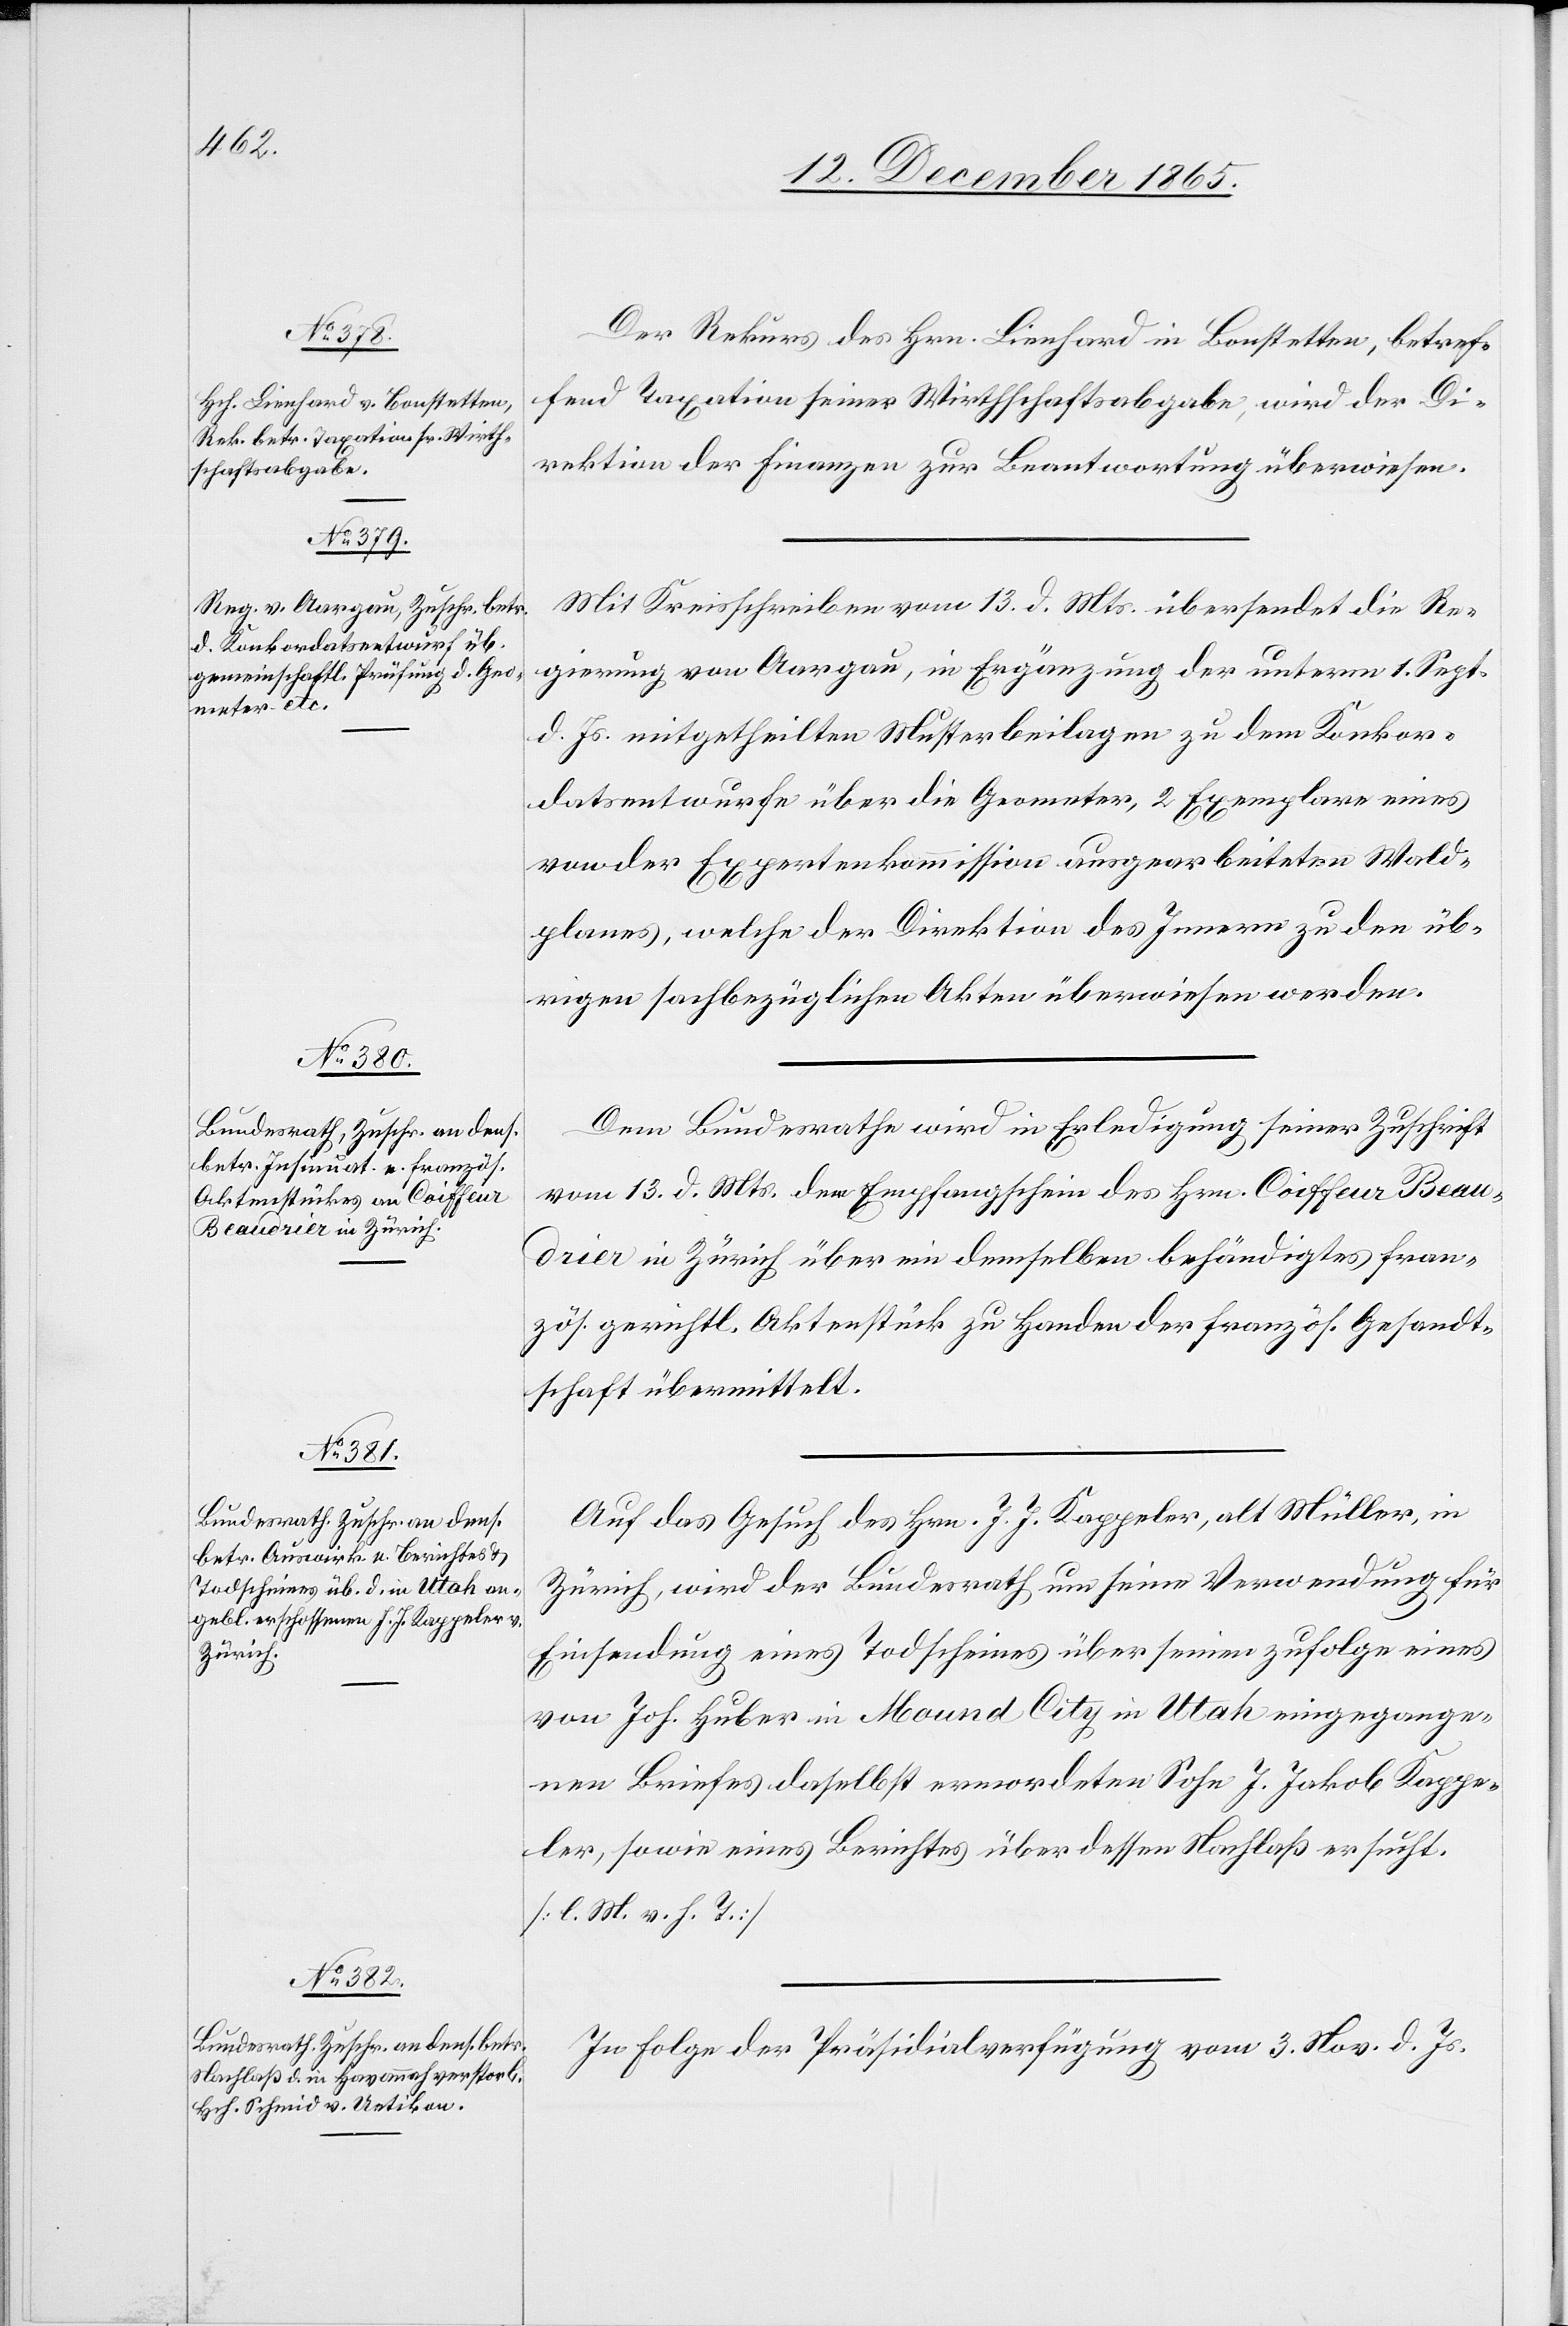
mber

15. December 1865.]
Der Rekurs des Hrn. Lienhard in Bonstetten, betref¬
fend Taxation seiner Wirthschaftsabgabe, wir der Di¬
rektion der Finanzen zur Beantwortung überwiesen.
Mit Kreisschreiben vom 13. d. Mts. übersendet die Re¬
gierung von Aargau, in Ergänzung der unterm 1. Septe¬
d. Js. mitgetheilten Musterbeilagen zu dem Konkor¬
datsentwurfe über die Geometer, 2 Exemplare eines
von der Expertenkommission ausgearbeiteten Wald¬
planes, welche der Direktion des Innern zu den üb¬
rigen sachbezüglichen Akten überwiesen werden.
Dem Bundesrathe wird in Erledigung seiner Zuschrift
vom 13. d. Mts. der Empfangschein des Hrn. Coiffeur Beaud¬
rier in Zürich über ein demselben behändigtes fran¬
zös. gerichtl. Aktenstück zu Handen der französ. Gesandt¬
schaft übermittelt.
Auf das Gesuch des Hrn. J. J. Kappeler, alt Müller, in
Zürich, wird der Bundesrath um seine Verwendung für
Einsendung eines Todscheins über seinen zufolge eines
von Joh. Huber in Mound City in Utah eingegange¬
nen Briefes daselbst ermordeten Sohn J. Jakob Kappe¬
ler, sowie eines Berichtes über dessen Nachlaß ersucht.
[l. M. v. h. T.]
In Folge der Präsidialverfügung vom 3. Nov. d. Js.